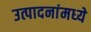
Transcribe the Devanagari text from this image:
उत्पादनांमध्‍ये